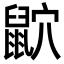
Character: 𪕏